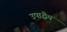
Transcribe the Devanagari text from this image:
उपाद्धैय